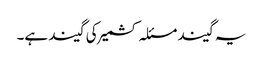
یہ گیند مسئلہ کشمیر کی گیند ہے۔